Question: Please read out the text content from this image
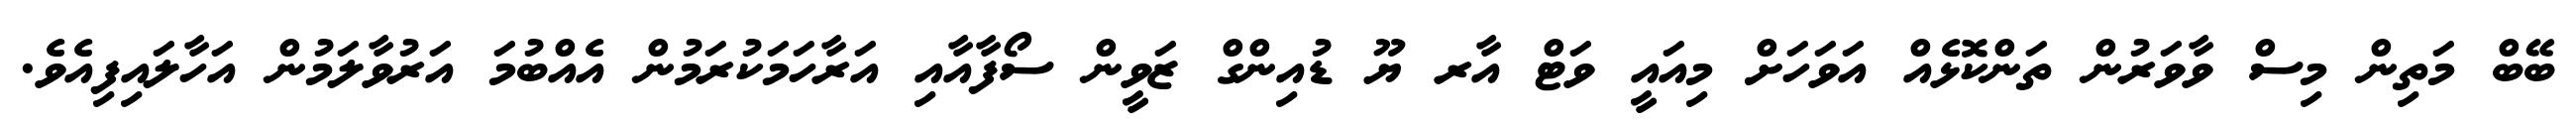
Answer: ބޭބް މަތިން މިސް ވާވަރުން ތަންކޮޅެއް އަވަހަށް މިއައީ ވަޓް އާރ ޔޫ ޑުއިންގް ޒަވީން ސޯފާއާއި އަރާހަމަކުރަމުން އެއްބުމަ އަރުވާލަމުން އަހާލައިފިއެވެ.